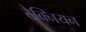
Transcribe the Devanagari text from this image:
टेक्नियन